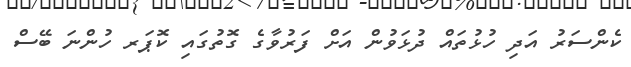
ކެންސަރު އަދި ހުޅުތައް ދުޅަވުން އަށް ފަރުވާގެ ގޮތުގައި ކޮޕަރ ހުންނަ ބޭސް